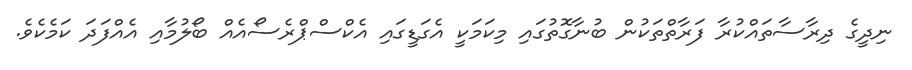
ނިދީގެ ދިރާސާތައްކުރާ ފަރާތްތަކުން ބުނާގޮތުގައި މިކަމަކީ އެގަޑީގައި އެކްސްޕްރެސޯއެއް ބޯލުމާއި އެއްފަދަ ކަމެކެވެ.